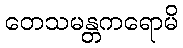
တေသမန္တကရောမိ